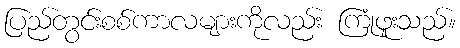
ပြည်တွင်းစစ်ကာလများကိုလည်း ကြုံဖူးသည်။